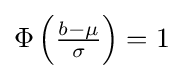
\Phi \left({\tfrac {b-\mu }{\sigma }}\right)=1